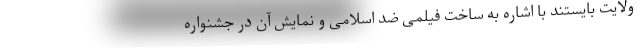
ولایت بایستند با اشاره به ساخت فیلمی ضد اسلامی و نمایش آن در جشنواره